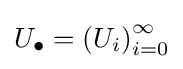
U_{\bullet }=\left(U_{i}\right)_{i=0}^{\infty }